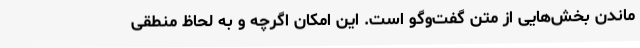
ماندن بخش‌هایی از متن گفت‌وگو است. این امکان اگرچه و به لحاظ منطقی